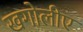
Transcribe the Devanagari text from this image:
खगोलीए